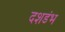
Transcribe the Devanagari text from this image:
दशडंभ